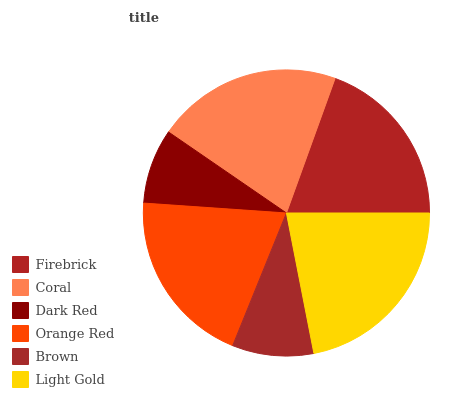
| Firebrick | Coral | Dark Red | Orange Red | Brown | Light Gold |
 | --- | --- | --- | --- | --- | --- |
 | 19.4% | 21% | 8.47% | 20% | 9.19% | 21.9% |